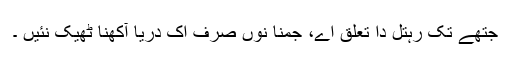
جتھے تکّ رہتل دا تعلق اے، جمنا نوں صرف اک دریا آکھنا ٹھیک نئیں ۔